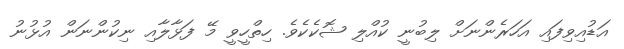
އަޑުއިވިފައި އަހަރެންނަށް ލިބުނީ ކުއްލި ޝޮކެކެވެ. ހިތްހީވީ މޭ ފަޅާލާއި ނިކުންނަން އުޅުނު